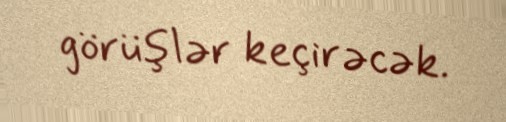
görüşlər keçirəcək.